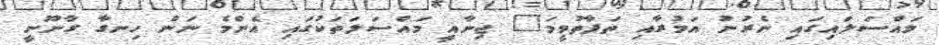
މައްސަލައިގައި ނެރުނު އަމުރާއި ތަފާތުވީމަ" ޖިނާއީ މައްސަލަތަކުގައި އެންމެ ނަން ހިނގާ ގާނޫނީ